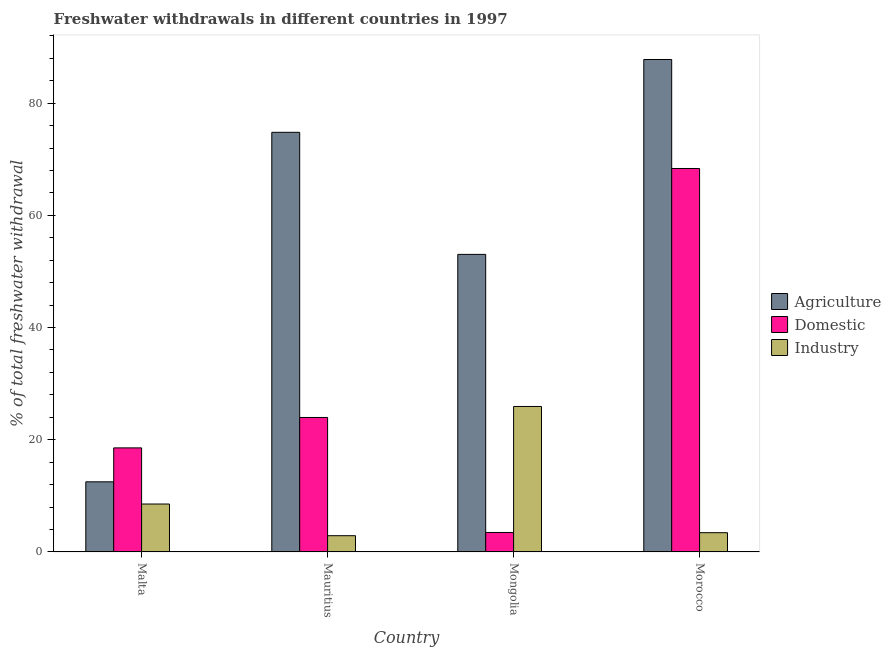
| Country | Agriculture | Domestic | Industry |
 | --- | --- | --- | --- |
 | Malta | 12.5 | 18.6 | 8.54 |
 | Mauritius | 74.8 | 24 | 2.9 |
 | Mongolia | 53 | 3.47 | 25.9 |
 | Morocco | 87.8 | 68.3 | 3.43 |